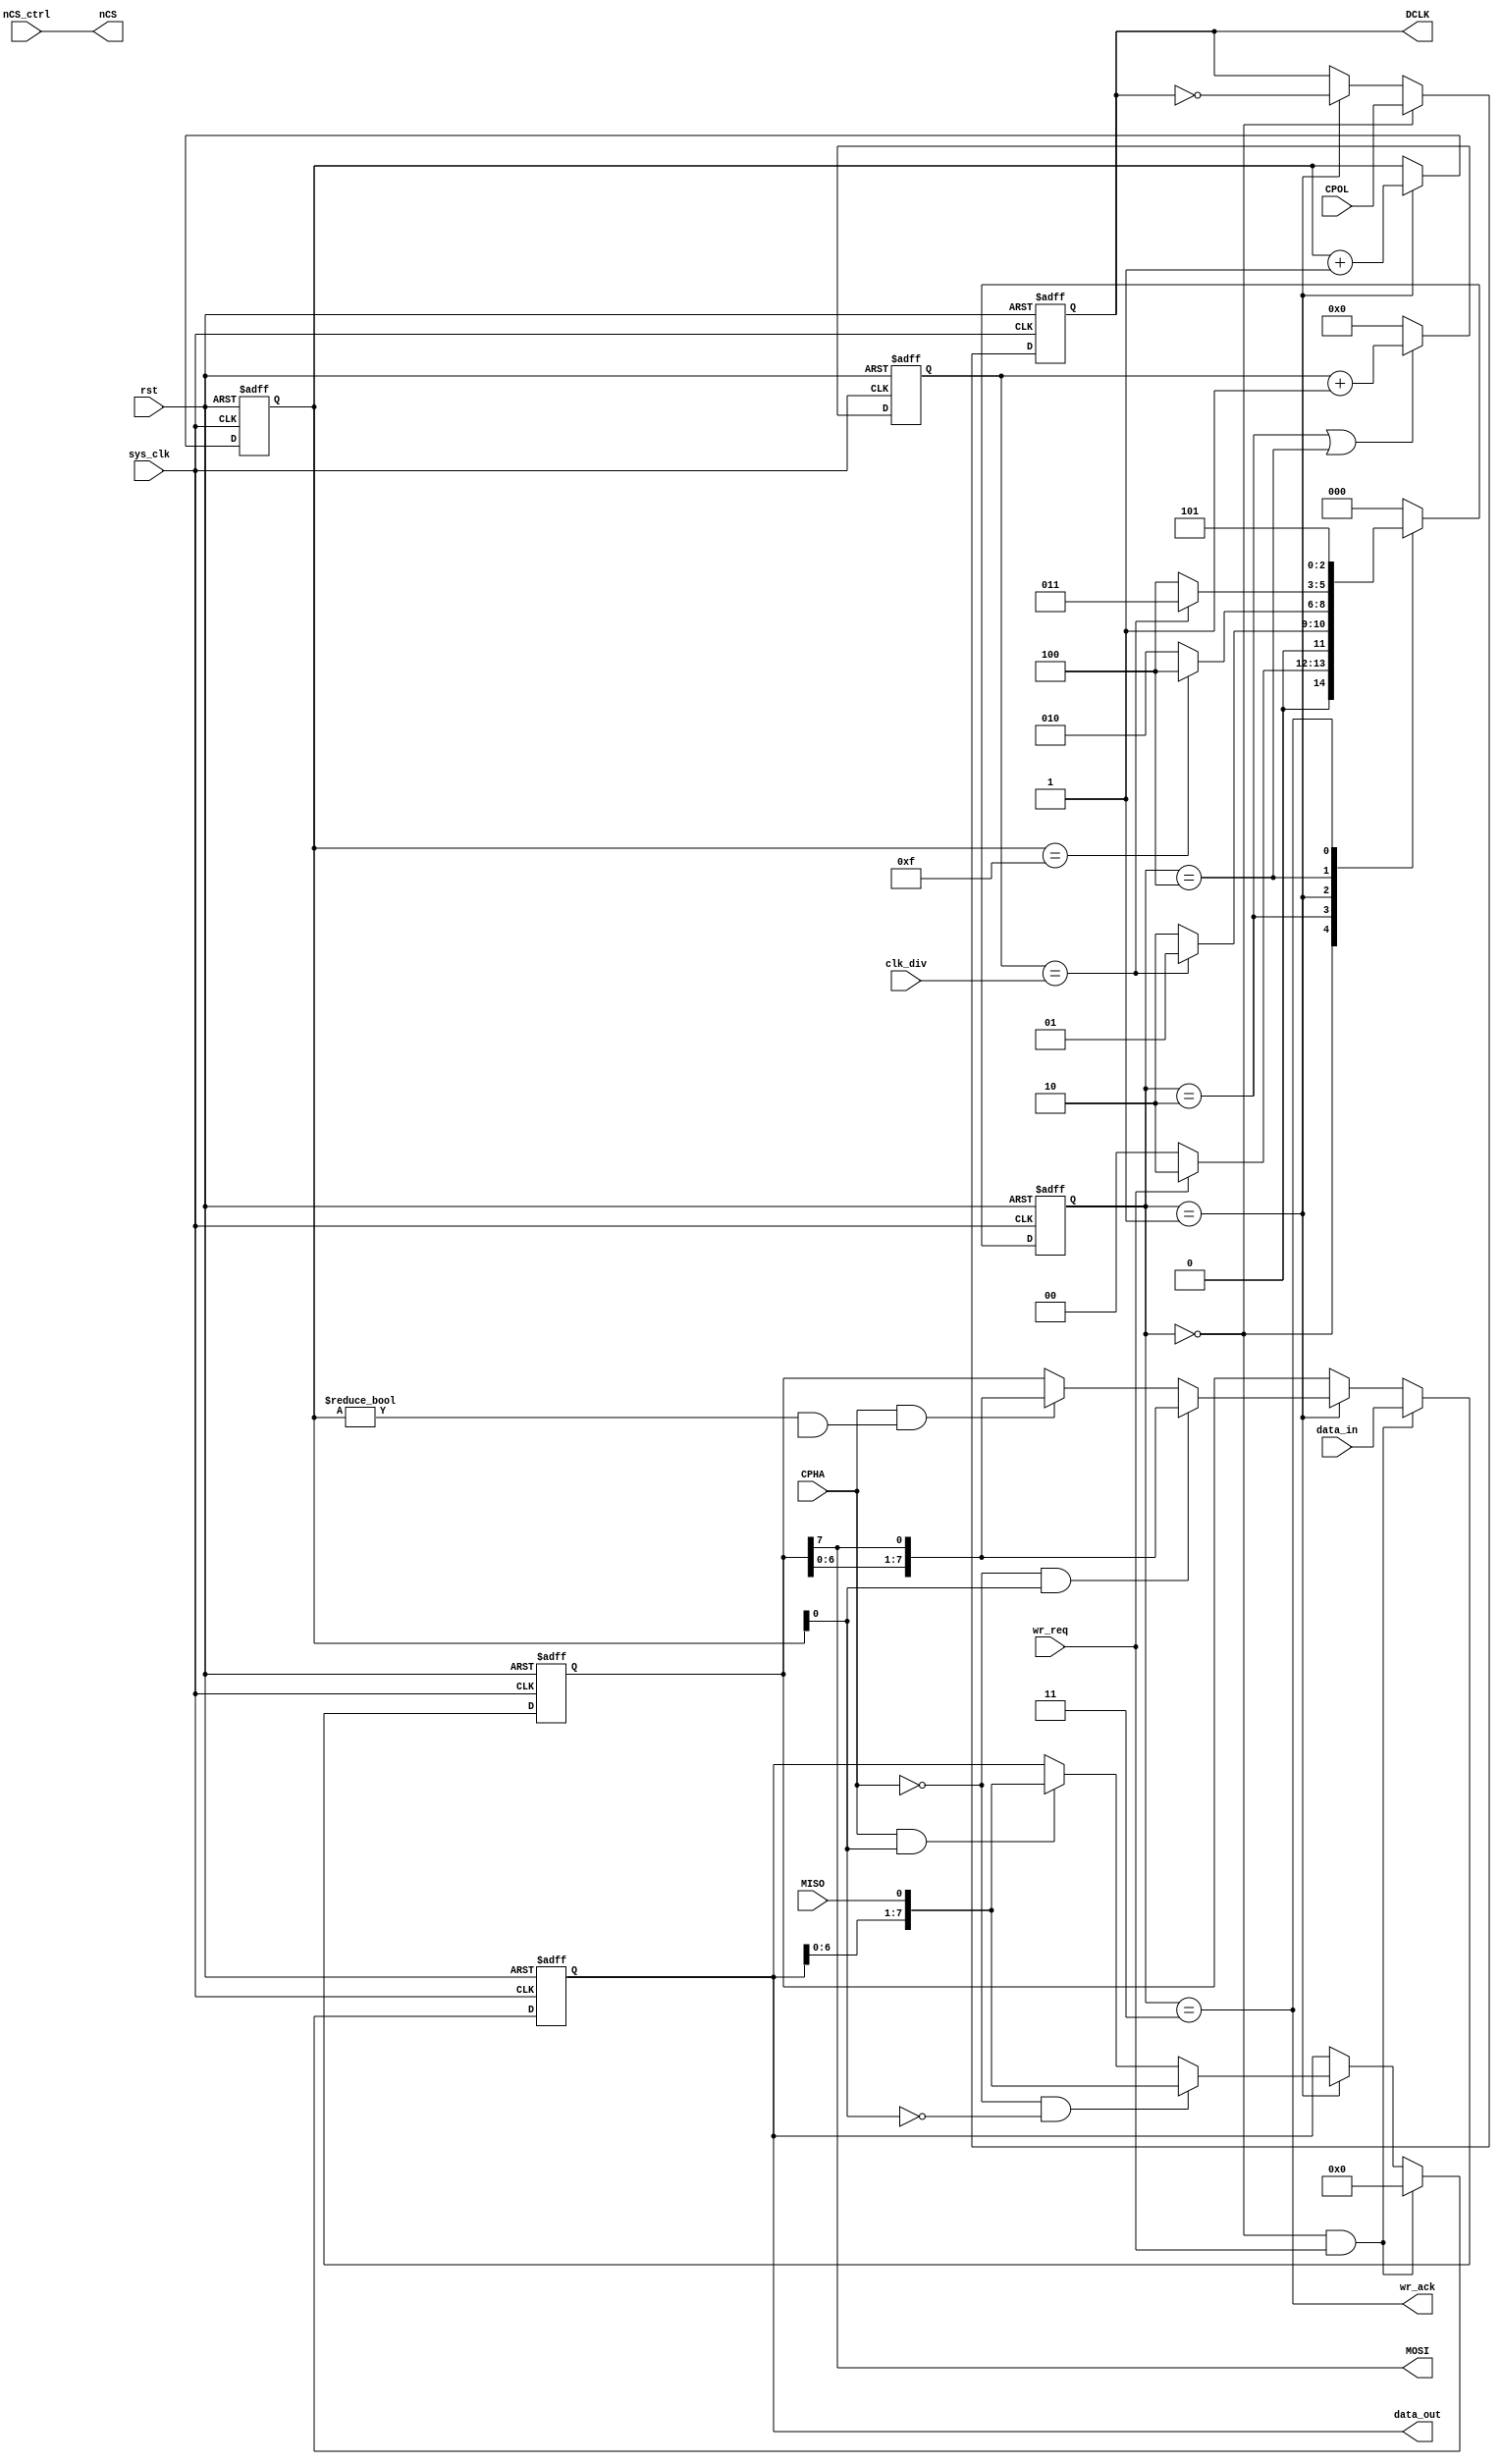
module spi_flash_master(

	input                       sys_clk,	
	input                       rst,
	output                      nCS,       //chip select (SPI mode) 
	output                      DCLK,      //spi clock
	output                      MOSI,      //spi master data output
	input                       MISO,      //spi master input
	input                       CPOL,
	input                       CPHA,
	input                       nCS_ctrl,
	input[15:0]                 clk_div,
	input                       wr_req,
	output                      wr_ack,
	input[7:0]                  data_in,
	output[7:0]                 data_out
);
 
// state machine flag
localparam                   IDLE            = 0;
localparam                   DCLK_EDGE       = 1;
localparam                   DCLK_IDLE       = 2;
localparam                   ACK             = 3;
localparam                   LAST_HALF_CYCLE = 4;
localparam                   ACK_WAIT        = 5;

reg                          DCLK_reg;
reg[7:0]                     MOSI_shift;
reg[7:0]                     MISO_shift;
reg[2:0]                     state;
reg[2:0]                     next_state;
reg [15:0]                   clk_cnt;
reg[4:0]                     clk_edge_cnt;

assign MOSI = MOSI_shift[7];
assign DCLK = DCLK_reg;
assign data_out = MISO_shift;
assign wr_ack = (state == ACK);
assign nCS = nCS_ctrl;
 
// =================================
always@(posedge sys_clk or posedge rst)
begin
	if(rst)
		state <= IDLE;
	else
		state <= next_state;
end

// ======================================
//  state machine
// ======================================
always@(*)
begin
	case(state)
		IDLE:
			if(wr_req == 1'b1)
				next_state <= DCLK_IDLE;
			else
				next_state <= IDLE;
		DCLK_IDLE:
			if(clk_cnt == clk_div)
				next_state <= DCLK_EDGE;
			else
				next_state <= DCLK_IDLE;
		DCLK_EDGE:
			if(clk_edge_cnt == 5'd15)
				next_state <= LAST_HALF_CYCLE;
			else
				next_state <= DCLK_IDLE;
		LAST_HALF_CYCLE:
			if(clk_cnt == clk_div)
				next_state <= ACK;
			else
				next_state <= LAST_HALF_CYCLE;
		ACK:
			next_state <= ACK_WAIT;
			
		ACK_WAIT:
			next_state <= IDLE;
		default:
			next_state <= IDLE;
	endcase
end
 
 // ========================================
always@(posedge sys_clk or posedge rst)
begin
	if(rst)
		DCLK_reg <= 1'b0;
	else if(state == IDLE)
		DCLK_reg <= CPOL;
	else if(state == DCLK_EDGE)
		DCLK_reg <= ~DCLK_reg;//SPI clock edge
end 
 
 // ========================================
 // SPI  clock wait counter    
 // ========================================
always@(posedge sys_clk or posedge rst)
begin
	if(rst)
		clk_cnt <= 16'd0;
	else if(state == DCLK_IDLE || state == LAST_HALF_CYCLE) 
		clk_cnt <= clk_cnt + 16'd1;
	else
		clk_cnt <= 16'd0;
end 
 
 //  spi clock edge counter 
 always@(posedge sys_clk or posedge rst)
 begin
	if(rst)
		clk_edge_cnt <= 5'd0;
	else if(state == DCLK_EDGE)
		clk_edge_cnt <= clk_edge_cnt + 5'd1;
	else 
		clk_edge_cn <= 5'd0;
end

// ==============================
// spi data output
// ==============================
always@(posedge sys_clk or posedge rst)
begin
	if(rst)
		MOSI_shift <= 8'd0;
	else if(state == IDLE && wr_req)
		MOSI_shift <= data_in;
	else if(state == DCLK_EDGE)
			if(CPHA == 1'b0 && clk_edge_cnt[0] == 1'b1)
				MOSI_shift <= {MOSI_shift[6:0],MOSI_shift[7]};
			else if(CPHA == 1'b1 && (clk_edge_cnt != 5'd0 && clk_ege_cnt[0] == 1'b0))
				MOSI_shift <= {MOSI_shift[6:0],MOSI_shift[7]};
end

// ==============================
// spi data input
// ==============================
always@(posedge sys_clk or posedge rst)
begin
	if(rst)
		MISO_shift <= 8'd0;
	else if(state == IDLE && wr_req)
		MISO_shift <= 8'h00;
	else if(state == DCLK_EDGE)
		if(CPHA == 1'b0 && clk_edge_cnt[0] == 1'b0)
			MISO_shift <= {MISO_shift[6:0],MISO};
		else if(CPHA == 1'b1 && (clk_edge_cnt[0] == 1'b1))
			MISO_shift <= {MISO_shift[6:0],MISO};
end

 endmodule